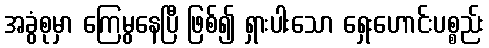
အခွံစုမှာ ကြေမွနေပြီ ဖြစ်၍ ရှားပါးသော ရှေးဟောင်းပစ္စည်း